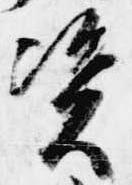
資